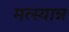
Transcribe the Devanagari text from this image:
मत्स्यान्न